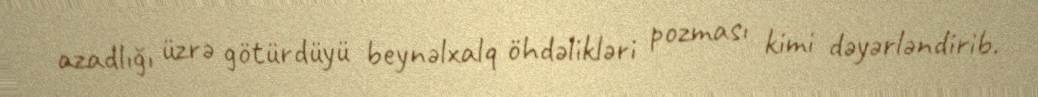
azadlığı üzrə götürdüyü beynəlxalq öhdəlikləri pozması kimi dəyərləndirib.